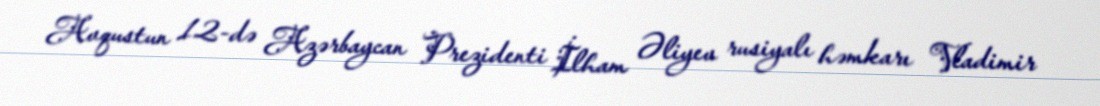
Avqustun 12-də Azərbaycan Prezidenti İlham Əliyev rusiyalı həmkarı Vladimir